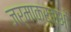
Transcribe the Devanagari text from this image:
जर्माकर्ताओं